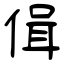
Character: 偮